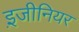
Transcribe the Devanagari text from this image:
इ़जीनियर